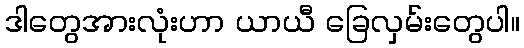
ဒါတွေအားလုံးဟာ ယာယီ ခြေလှမ်းတွေပါ။